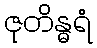
ဇုတိန္ဓရံ